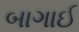
બાગાઈ